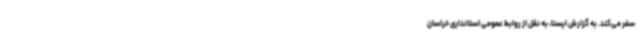
سفر می‌کند. به گزارش ایسنا، به نقل از روابط عمومی استانداری خراسان